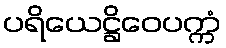
ပရိယေဋ္ဌိဝေပက္ကံ